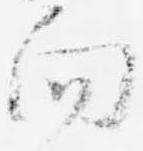
向